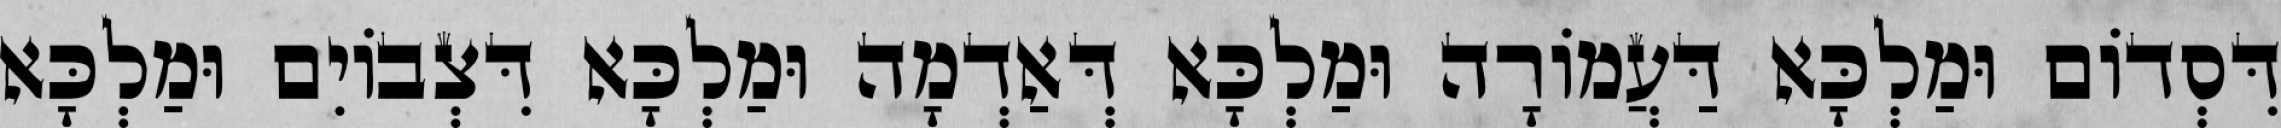
דִּסְדוֹם וּמַלְכָּא דַּעֲמוֹרָה וּמַלְכָּא דְּאַדְמָה וּמַלְכָּא דִּצְבוֹיִם וּמַלְכָּא